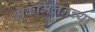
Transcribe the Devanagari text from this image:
मॅकमिलनच्या